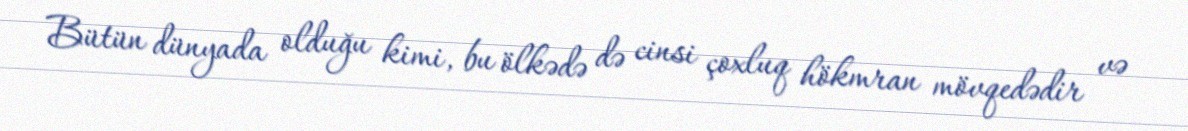
Bütün dünyada olduğu kimi, bu ölkədə də cinsi çoxluq hökmran mövqedədir və